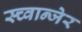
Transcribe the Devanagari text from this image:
स्च्वान्जेर